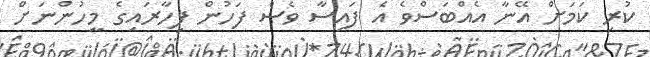
ކުރި ކަމަށް އޭނާ އެއްބަސްވެ އެ ފައިސާ ވެސް ފަހުން ފިހާރައިގެ މީހުންނަށް